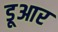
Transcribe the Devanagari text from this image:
डूआर